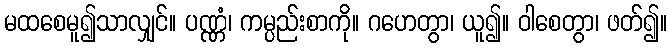
မထစေမူ၍သာလျှင်။ ပဏ္ဏံ၊ ကမ္ပည်းစာကို။ ဂဟေတွာ၊ ယူ၍။ ဝါစေတွာ၊ ဖတ်၍။